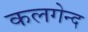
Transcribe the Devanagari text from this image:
कलगेन्द